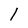
Character: l